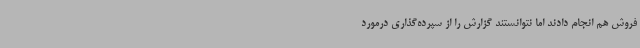
فروش هم انجام دادند اما نتوانستند گزارش را از سپرده‌گذاری درمورد